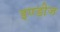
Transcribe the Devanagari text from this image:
इण्डीज